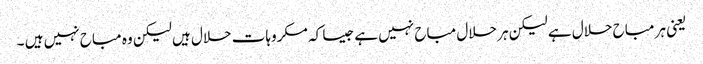
یعنی ہر مباح حلال ہے لیکن ہر حلال مباح نہیں ہے جیسا کہ مکروہات حلال ہیں لیکن وہ مباح نہیں ہیں ۔